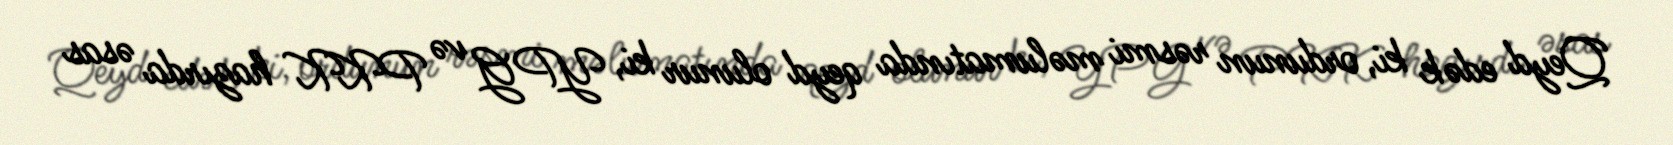
Qeyd edək ki, ordunun rəsmi məlumatında qeyd olunur ki, YPG və PKK hazırda əsas